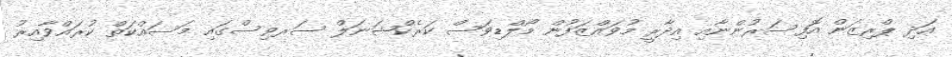
އަދި ޕްރިޒަން އޮފިސަރުންނާއި އިދާރީ މުވައްޒަފުން މޯލްޑިވަސް ކަރެކްޝަނަލް ސަރވިސްގައި މަސައްކަތް ކުރައްވާއިރު